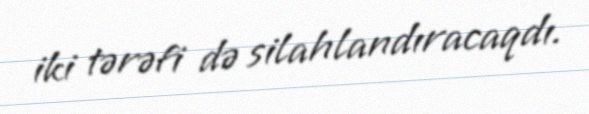
iki tərəfi də silahlandıracaqdı.